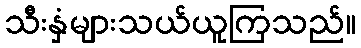
သီးနှံများသယ်ယူကြသည်။